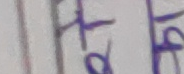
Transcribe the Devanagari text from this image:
तफ